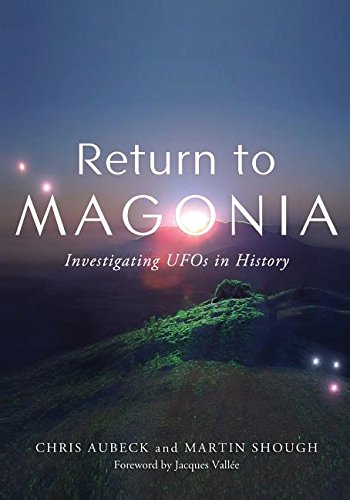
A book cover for RETURN TO MAGONIA: Investigating UFOs in History; Chris Aubeck; Science & Math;